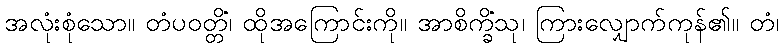
အလုံးစုံသော။ တံပဝတ္တိံ၊ ထိုအကြောင်းကို။ အာစိက္ခိံသု၊ ကြားလျှောက်ကုန်၏။ တံ၊